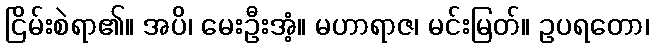
ငြိမ်းစဲရာ၏။ အပိ၊ မေးဦးအံ့။ မဟာရာဇ၊ မင်းမြတ်။ ဥပရတော၊